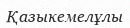
Қазыкемелұлы